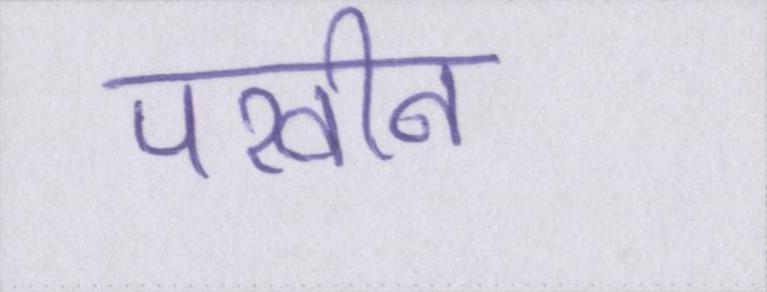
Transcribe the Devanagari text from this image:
परवीन